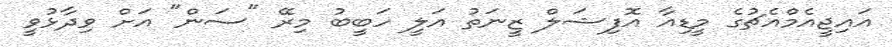
އައިޖީއެމްއެޗުގެ މީޑިއާ އޮފިޝަލް ޒީނަތު އަލީ ހަބީބު މިރޭ "ސަން" އަށް ވިދާޅުވީ